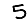
Digit: 5